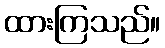
ထားကြသည်။